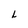
Character: L